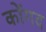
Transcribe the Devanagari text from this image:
कोंगद